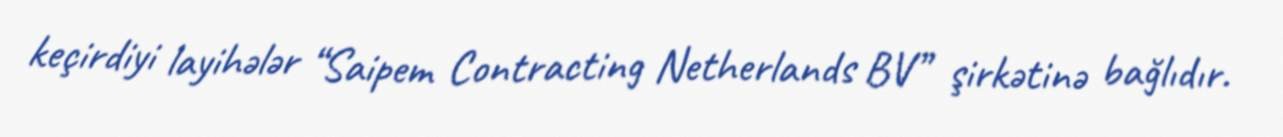
keçirdiyi layihələr “Saipem Contracting Netherlands BV” şirkətinə bağlıdır.